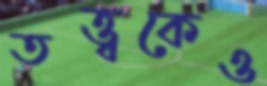
তত্ত্বকেও